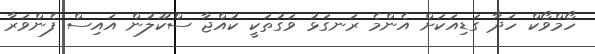
ހޯމްވޯކް ހަދާ ގަޑިއަކަށް އެންމެ ރަނގަޅު ވަގުތަކީ ކުއްޖާ ސްކޫލުން އައިސް ފެންވަރާ